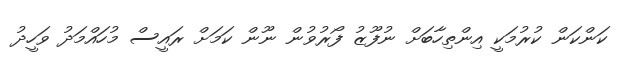
ކަންކަން ކުރުމަކީ އިންތިހާބަށް ނުފޫޒު ފޯރުވުން ނޫން ކަމަށް ރައީސް މުހައްމަދު ވަހީދު